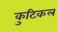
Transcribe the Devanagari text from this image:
कुटिकल